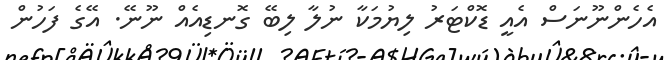
އެހެންނޫނަސް އެއީ ޑޮކްޓަރު ލިޔުމަކާ ނުލާ ލިބޭ ގޮނޑިއެއް ނޫނޭ. އޭގެ ފަހުން